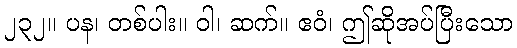
၂၃၂။ ပန၊ တစ်ပါး။ ဝါ၊ ဆက်။ ဧဝံ၊ ဤဆိုအပ်ပြီးသော